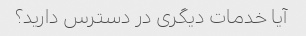
آیا خدمات دیگری در دسترس دارید؟